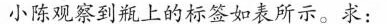
小陈观察到瓶上的标签如表所示。求：